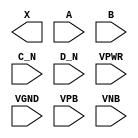
module sky130_fd_sc_lp__or4bb (
    X   ,
    A   ,
    B   ,
    C_N ,
    D_N ,
    VPWR,
    VGND,
    VPB ,
    VNB
);

    output X   ;
    input  A   ;
    input  B   ;
    input  C_N ;
    input  D_N ;
    input  VPWR;
    input  VGND;
    input  VPB ;
    input  VNB ;
endmodule